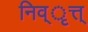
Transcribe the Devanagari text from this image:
निव्ृत्त्